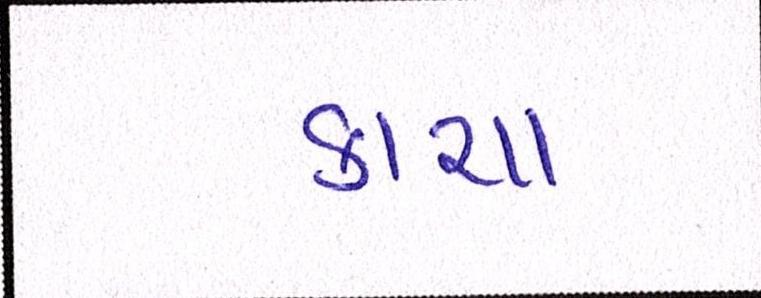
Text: કાચા